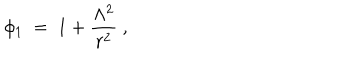
\phi _ { 1 } \ = \ 1 + \frac { \Lambda ^ { 2 } } { r ^ { 2 } } \ ,